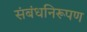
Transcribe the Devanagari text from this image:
संबंधनिरूपण